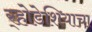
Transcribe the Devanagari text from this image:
र्‍होडेशियाचा